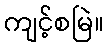
ကျင့်စမြဲ။